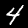
Label: 4